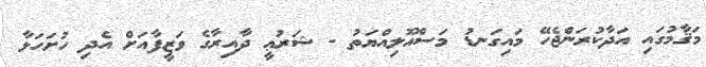
މަޤާމުގައި އަދާކުރަންޖެހޭ މައިގަނޑު މަސްއޫލިއްޔަތު - ޝަރުޢީ ދާއިރާގެ ވަޒީފާއަށް އެދި ހުށަހަޅާ